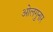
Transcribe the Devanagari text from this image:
ओलगुनार